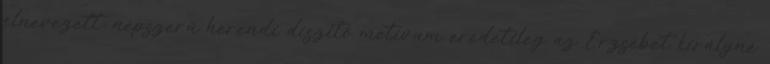
elnevezett, népszerű herendi díszítő motívum eredetileg az Erzsébet királyné